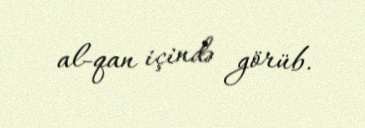
al-qan içində görüb.